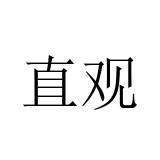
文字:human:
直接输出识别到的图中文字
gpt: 直观